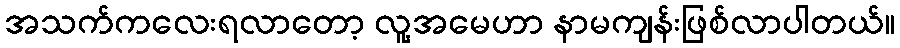
အသက်ကလေးရလာတော့ လူ့အမေဟာ နာမကျန်းဖြစ်လာပါတယ်။